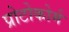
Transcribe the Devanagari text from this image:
प्रोटोकोर्म